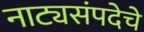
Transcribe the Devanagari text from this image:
नाट्यसंपदेचे